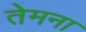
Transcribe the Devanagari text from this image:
तेमना